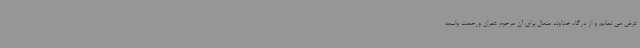
عرض می نمایم و از درگاه خداوند متعال برای آن مرحوم غفران ورحمت واسعه